Vaccine operations Central Provinces & Berar 1922-1929 - 1922-1929
Year: 1922
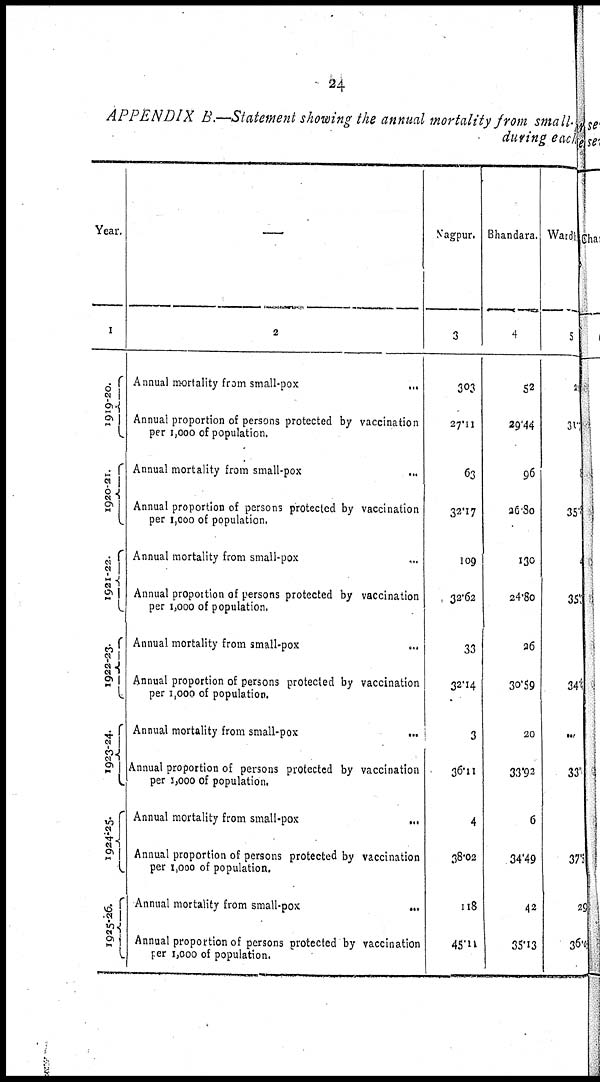
24
APPENDIX B.—Statement showing the annual mortality from small-
during each
Year.
1
1919-20.
1920-21.
1921-22.
1922-23.
1923-24.
1924-25.
1925-26.
—
2
Annual mortality from small-pox
...
Annual proportion of persons protected by vaccination
per 1,000 of population.
Annual mortality from small-pox ...
Annual proportion of persons protected by vaccination
per 1,000 of population.
Annual mortality from small-pox
...
Annual proportion of persons protected by vaccination
per 1,000 of population.
Annual mortality from small-pox
...
Annual proportion of persons protected by vaccination
per 1,000 of population.
Annual mortality from small-pox
...
Annual proportion of persons protected by vaccination
per 1,000 of population.
Annual mortality from small-pox
...
Annual proportion of persons protected by vaccination
per 1,000 of population.
Annual mortality from small -pox
...
Annual proportion of persons protected by vaccination
per 1,000 of population.
Nagpur.
3
303
27.11
63
32.17
109
32.62
33
32.14
3
36.11
4
38.02
118
45.11
Bhandara.
4
52
29.44
96
26.80
130
24.8o
26
30.59
20
33.92
6
34.49
42
35.13
Wardha
5
25
31.0
8
35.5
4
35.3
34¼
...
33.1
37.5
29
36.01